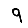
Digit: 9